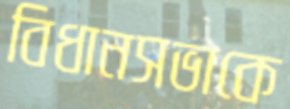
বিধানসভাকে